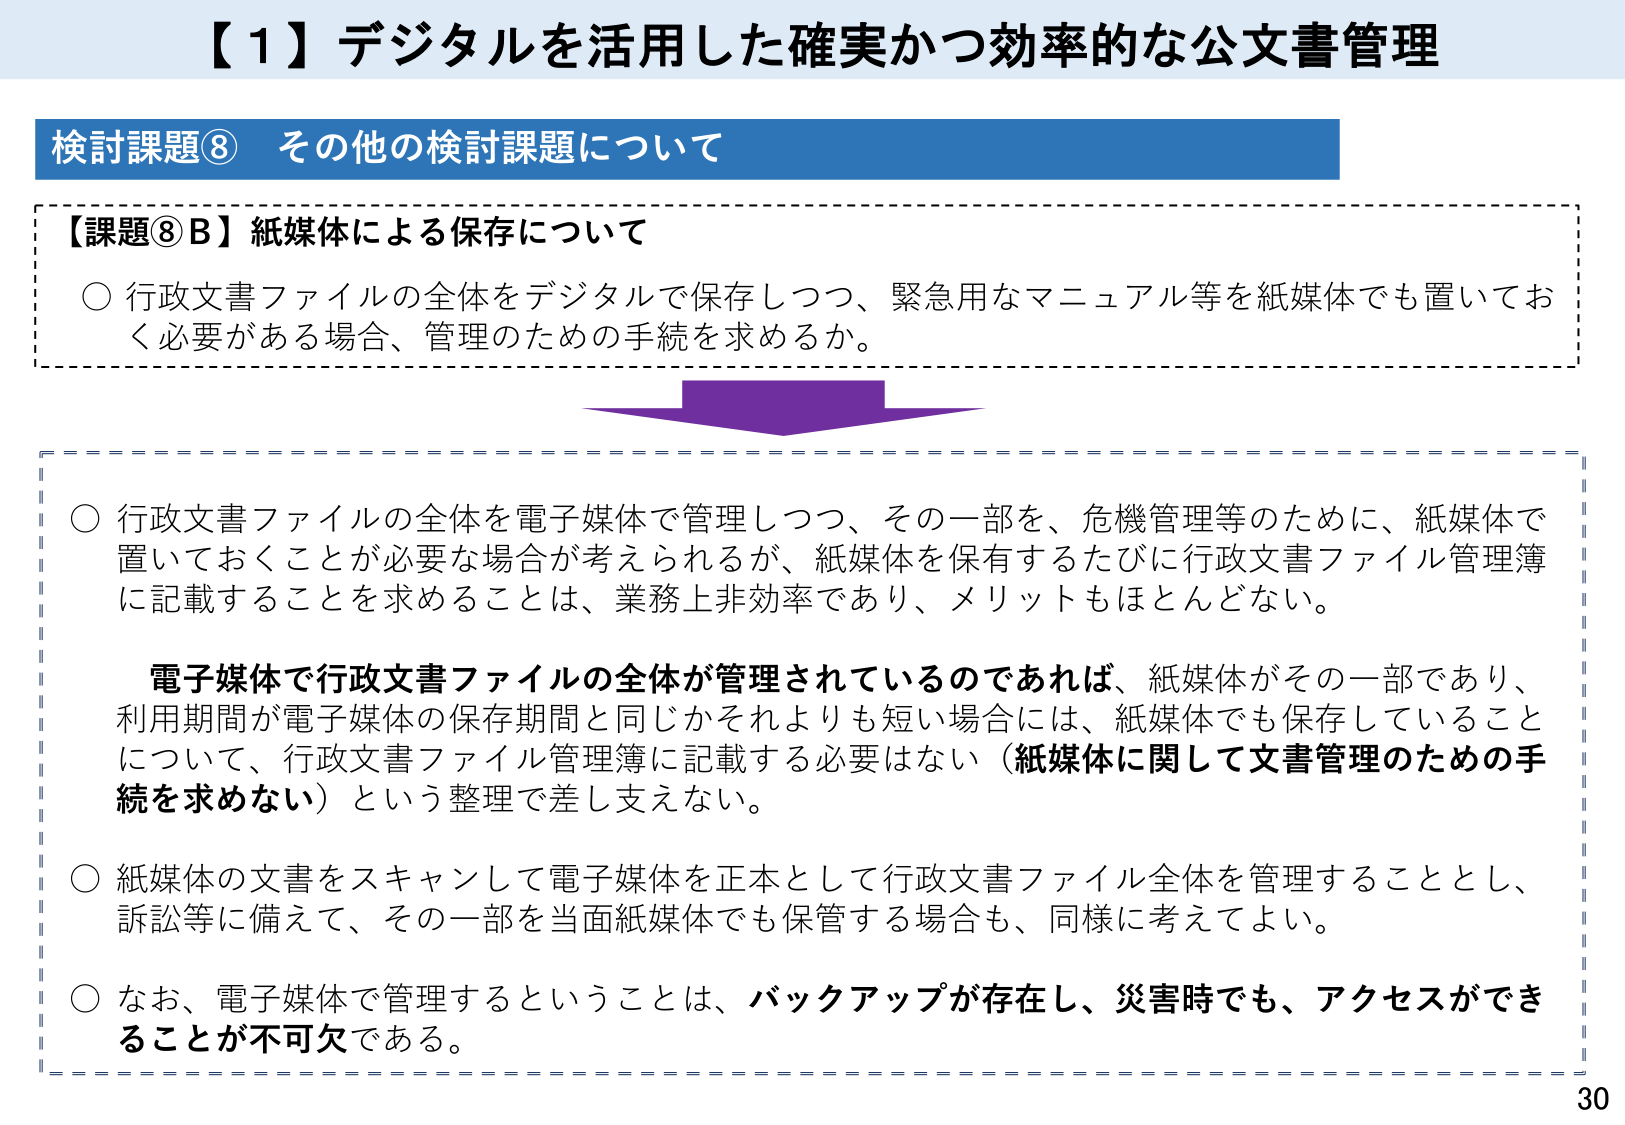
【1】デジタルを活用した確実かつ効率的な公文書管理

検討課題⑧ その他の検討課題について

【課題⑧B】紙媒体による保存について
○ 行政文書ファイルの全体をデジタルで保存しつつ、緊急用なマニュアル等を紙媒体でも置いておく必要がある場合、管理のための手続を求めるか。

○ 行政文書ファイルの全体を電子媒体で管理しつつ、その一部を、危機管理等のために、紙媒体で置いておくことが必要な場合が考えられるが、紙媒体を保有するたびに行政文書ファイル管理簿に記載することを求めるることは、業務上非効率であり、メリットもほとんどない。

電子媒体で行政文書ファイルの全体が管理されているのであれば、紙媒体がその一部であり、利用期間が電子媒体の保存期間と同じかそれよりも短い場合には、紙媒体でも保存していることについて、行政文書ファイル管理簿に記載する必要はない（紙媒体に関して文書管理のための手続を求めない）という整理で差し支えない。

○ 紙媒体の文書をスキャンして電子媒体を正本として行政文書ファイル全体を管理することとし、訴訟等に備えて、その一部を当面紙媒体でも保管する場合も、同様に考えてよい。

○ なお、電子媒体で管理するということは、バックアップが存在し、災害時でも、アクセスができることが必要不可欠である。

30